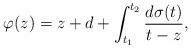
LaTeX: \begin{align*}\varphi(z)=z+d+\int_{t_1}^{t_2}\frac{d\sigma(t)}{t-z},\end{align*}